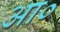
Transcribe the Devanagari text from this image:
आ०